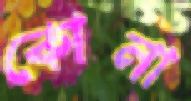
কোনা